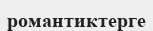
романтиктерге